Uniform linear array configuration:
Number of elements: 32
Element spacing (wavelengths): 0.25
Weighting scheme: cosine
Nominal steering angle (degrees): -60
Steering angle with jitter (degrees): -60.832
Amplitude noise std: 0.05
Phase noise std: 0.05

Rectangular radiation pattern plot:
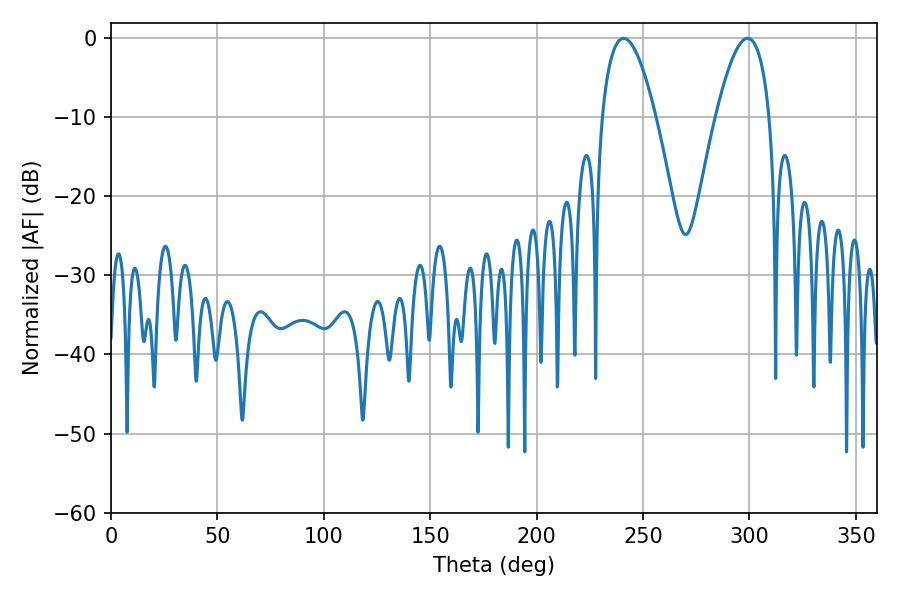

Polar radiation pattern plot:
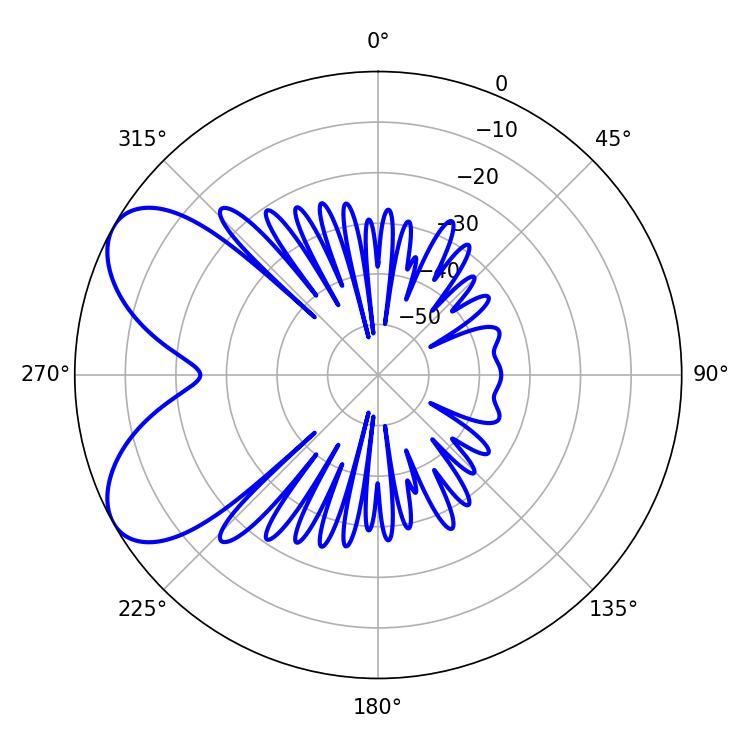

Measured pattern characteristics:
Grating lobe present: FALSE
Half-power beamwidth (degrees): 13.86
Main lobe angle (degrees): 240.84